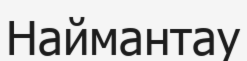
Наймантау